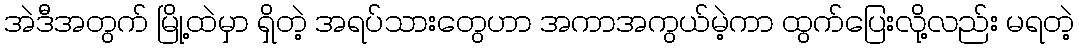
အဲဒီအတွက် မြို့ထဲမှာ ရှိတဲ့ အရပ်သားတွေဟာ အကာအကွယ်မဲ့ကာ ထွက်ပြေးလို့လည်း မရတဲ့